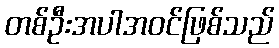
တစ်ဦးအပါအဝင်ဖြစ်သည်